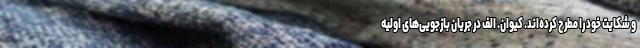
و شکایت خود را مطرح کرده‌اند. کیوان. الف در جریان بازجویی‌های اولیه